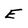
Character: E